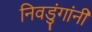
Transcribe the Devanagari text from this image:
निवडुंगांनी